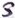
Text: S